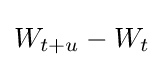
W_{t+u}-W_{t}